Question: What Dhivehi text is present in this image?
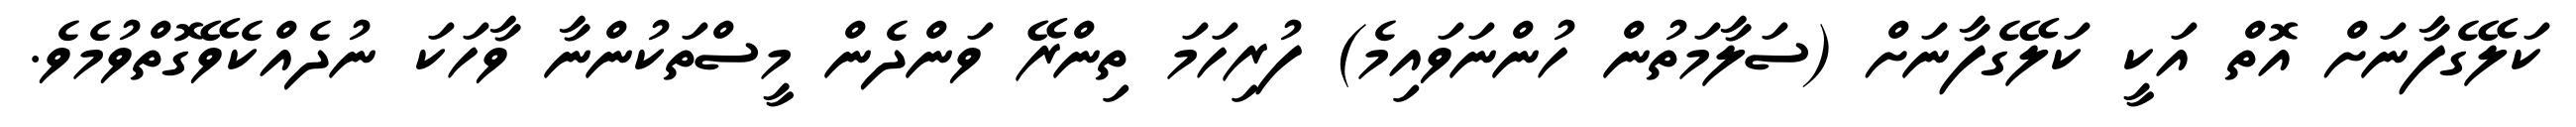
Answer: ކަލޭގެފާނަށް އޮތް އަކީ ކަލޭގެފާނަށް (ސަލާމަތުން ހުންނަވައިމެ) ފުރިހަމަ ތިންރޭ ވަންދެން މީސްތަކުންނާ ވާހަކަ ނުދެއްކެވޭގޮތްވުމެވެ.